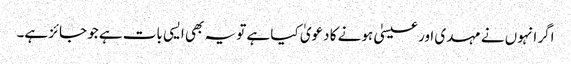
اگر انہوں نے مہدی اور عیسیٰ ہونے کا دعویٰ کیا ہے تو یہ بھی ایسی بات ہے جو جائز ہے۔